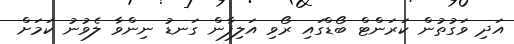
އަދި ވަގުތުން ކަރަންޓް ބޯޑްގައި ރޯވި އަލިފާން ގަނޑު ނިންވާ ލެވުނު ކަމަށް